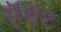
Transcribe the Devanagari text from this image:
ऍमॅट